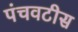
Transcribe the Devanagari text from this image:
पंचवटीस